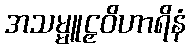
အသမ္မူဠှဝိဟာရိနံ